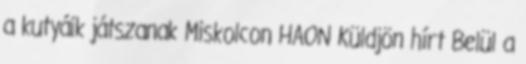
a kutyáik játszanak Miskolcon HAON Küldjön hírt Belül a